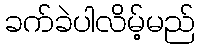
ခက်ခဲပါလိမ့်မည်